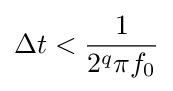
\Delta t<{\frac {1}{2^{q}\pi f_{0}}}